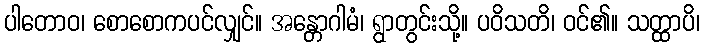
ပါတောဝ၊ စောစောကပင်လျှင်။ အန္တောဂါမံ၊ ရွာတွင်းသို့။ ပဝိသတိ၊ ဝင်၏။ သတ္ထာပိ၊